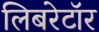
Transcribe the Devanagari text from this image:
लिबरेटॉर